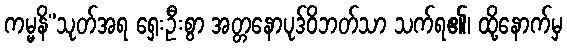
ကမ္မနိ”သုတ်အရ ရှေးဦးစွာ အတ္တနောပုဒ်ဝိဘတ်သာ သက်ရ၏၊ ထို့နောက်မှ